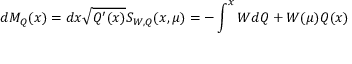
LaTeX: d { \cal M } _ { Q } ( x ) = d x \sqrt { Q ^ { \prime } ( x ) } S _ { W , Q } ( x , \mu ) = - \int _ { } ^ { x } { W d Q } + W ( \mu ) Q ( x )